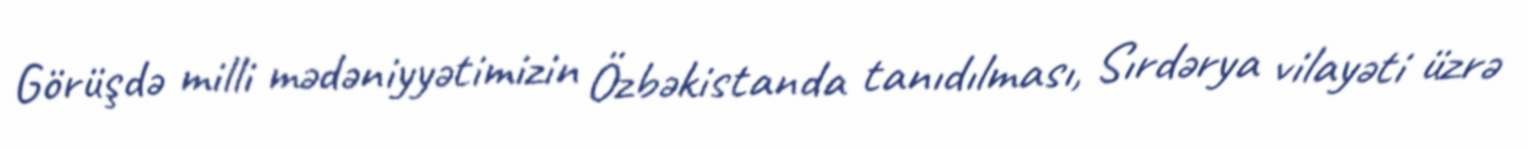
Görüşdə milli mədəniyyətimizin Özbəkistanda tanıdılması, Sırdərya vilayəti üzrə